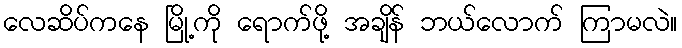
လေဆိပ်ကနေ မြို့ကို ရောက်ဖို့ အချိန် ဘယ်လောက် ကြာမလဲ။